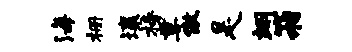
海栅壤榜尊傲是翊箱